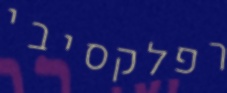
רפלקסיבי